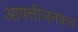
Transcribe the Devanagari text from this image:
आपत्तीजनकच